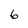
Character: 6